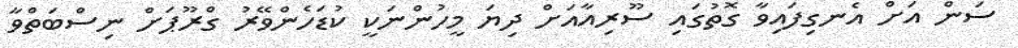
ސަން އަށް އެނގިފައިވާ ގޮތުގައި ސޫރިއާއަށް ދިޔަ މީހުންނަކީ ކުޑަހެންވޭރު ގްރޫޕަށް ނިސްބަތްވާ